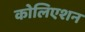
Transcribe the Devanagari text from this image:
कोलिएशन